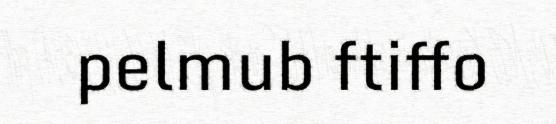
pelmub ftiffo